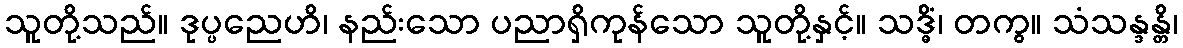
သူတို့သည်။ ဒုပ္ပညေဟိ၊ နည်းသော ပညာရှိကုန်သော သူတို့နှင့်။ သဒ္ဓိံ၊ တကွ။ သံသန္ဒန္တိ၊